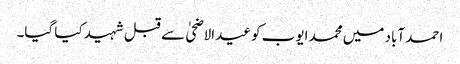
احمد آباد میں محمد ایوب کو عیدالاضحیٰ سے قبل شہید کیا گیا۔